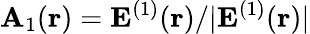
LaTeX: {\mathbf A}_{1}({\mathbf r})={\mathbf E}^{(1)}({\mathbf r})/|{\mathbf E}^{(1)}({\mathbf r})|